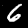
Digit: 6